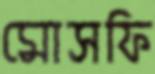
মোসফি